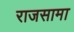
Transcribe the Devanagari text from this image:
राजसामा